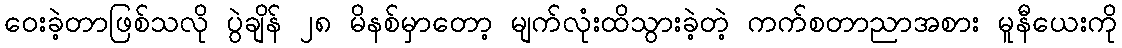
ဝေးခဲ့တာဖြစ်သလို ပွဲချိန် ၂၈ မိနစ်မှာတော့ မျက်လုံးထိသွားခဲ့တဲ့ ကက်စတာညာအစား မူနီယေးကို